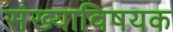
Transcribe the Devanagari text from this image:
संख्याविषयक